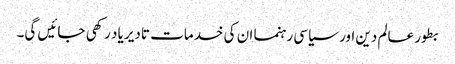
بطور عالم دین اور سیاسی رہنما ان کی خدمات تادیر یاد رکھی جائیں گی۔